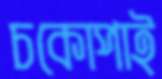
চকোপাই